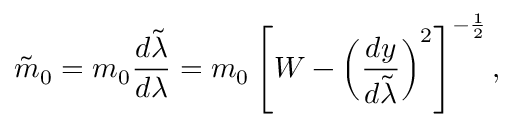
\tilde { m } _ { 0 } = m _ { 0 } { \frac { d \tilde { \lambda } } { d \lambda } } = m _ { 0 } \left[ { \cal W } - \left( { \frac { d y } { d \tilde { \lambda } } } \right) ^ { 2 } \right] ^ { - { \frac { 1 } { 2 } } } ,